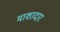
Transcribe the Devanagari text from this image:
माशादार